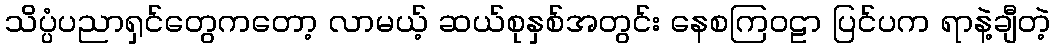
သိပ္ပံပညာရှင်တွေကတော့ လာမယ့် ဆယ်စုနှစ်အတွင်း နေစကြဝဠာ ပြင်ပက ရာနဲ့ချီတဲ့